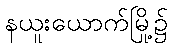
နယူးယောက်မြို့၌